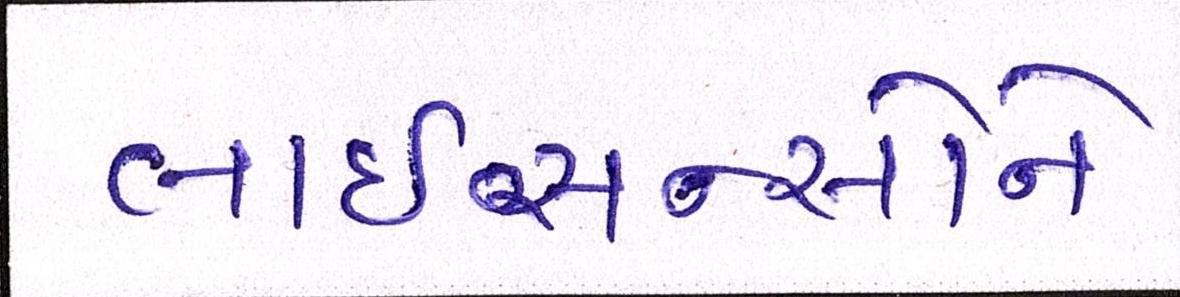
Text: લાઇસન્સોને